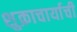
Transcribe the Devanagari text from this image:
शुक्राचार्याची